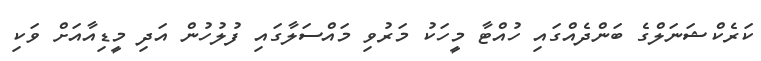
ކަރެކްޝަނަލްގެ ބަންދެއްގައި ހުއްޓާ މީހަކު މަރުވި މައްސަލާގައި ފުލުހުން އަދި މީޑިއާއަށް ވަކި